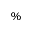
\%